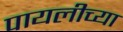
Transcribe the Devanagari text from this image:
पायलीच्या